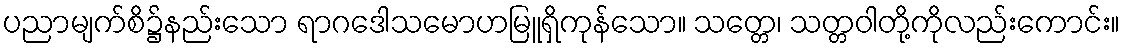
ပညာမျက်စိ၌နည်းသော ရာဂဒေါသမောဟမြူရှိကုန်သော။ သတ္တေ၊ သတ္တဝါတို့ကိုလည်းကောင်း။